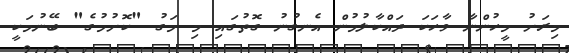
މިރަށު މީހުންނާ ވާހަކަ ދައްކާލުމުން އެނގުނު ގޮތުގައި މި މަގު "ކޮށުމުގެ" ބޭނުމަކީ